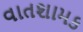
વાતશામક